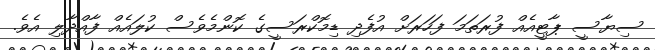
ސިޔާސީ ޕާޓީއެއް ފުރަތަމަ ފަހަރަށް އުފެދި ޑިމޮކްްރަސީގެ ކޮންމެވެސް ކުލައެއް ފާއްދާލި އެވެ.